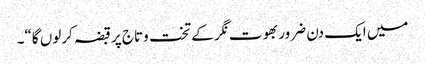
میں ایک دن ضرور بھوت نگر کے تخت وتاج پر قبضہ کرلوں گا“۔